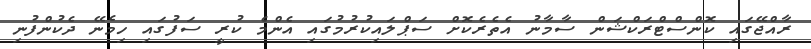
ރާއްޖޭގައި ކޮންސްޓްރަކްޝަން ސާމާނު އެތެރެކޮށް ސަޕްލައިކުރުމުގައި އެންމެ ކުރީ ސަފުގައި ހިމެނޭ ދެކުންފުނި